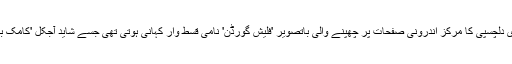
اس وقت میری دلچسپی کا مرکز اندرونی صفحات پر چھپنے والی باتصویر 'فلیش گورڈن' نامی قسط وار کہانی ہوتی تھی جسے شاید آجکل 'کامک بک' کہتےہیں۔